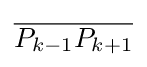
{\overline {P_{k-1}P_{k+1}}}